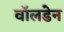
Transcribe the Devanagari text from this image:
वॉलडेन